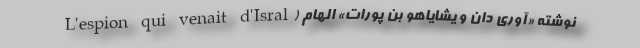
L'espion qui venait d'Isral) نوشته «آوری دان و یشایاهو بن پورات» الهام